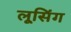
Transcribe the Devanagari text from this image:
लूसिंग